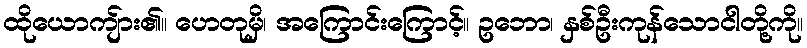
ထိုယောကျ်ား၏။ ဟေတုမှိ၊ အကြောင်းကြောင့်။ ဥဘော၊ နှစ်ဦးကုန်သောငါတို့ကို။